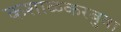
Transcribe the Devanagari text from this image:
कशाळकरबुवा